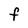
Character: F